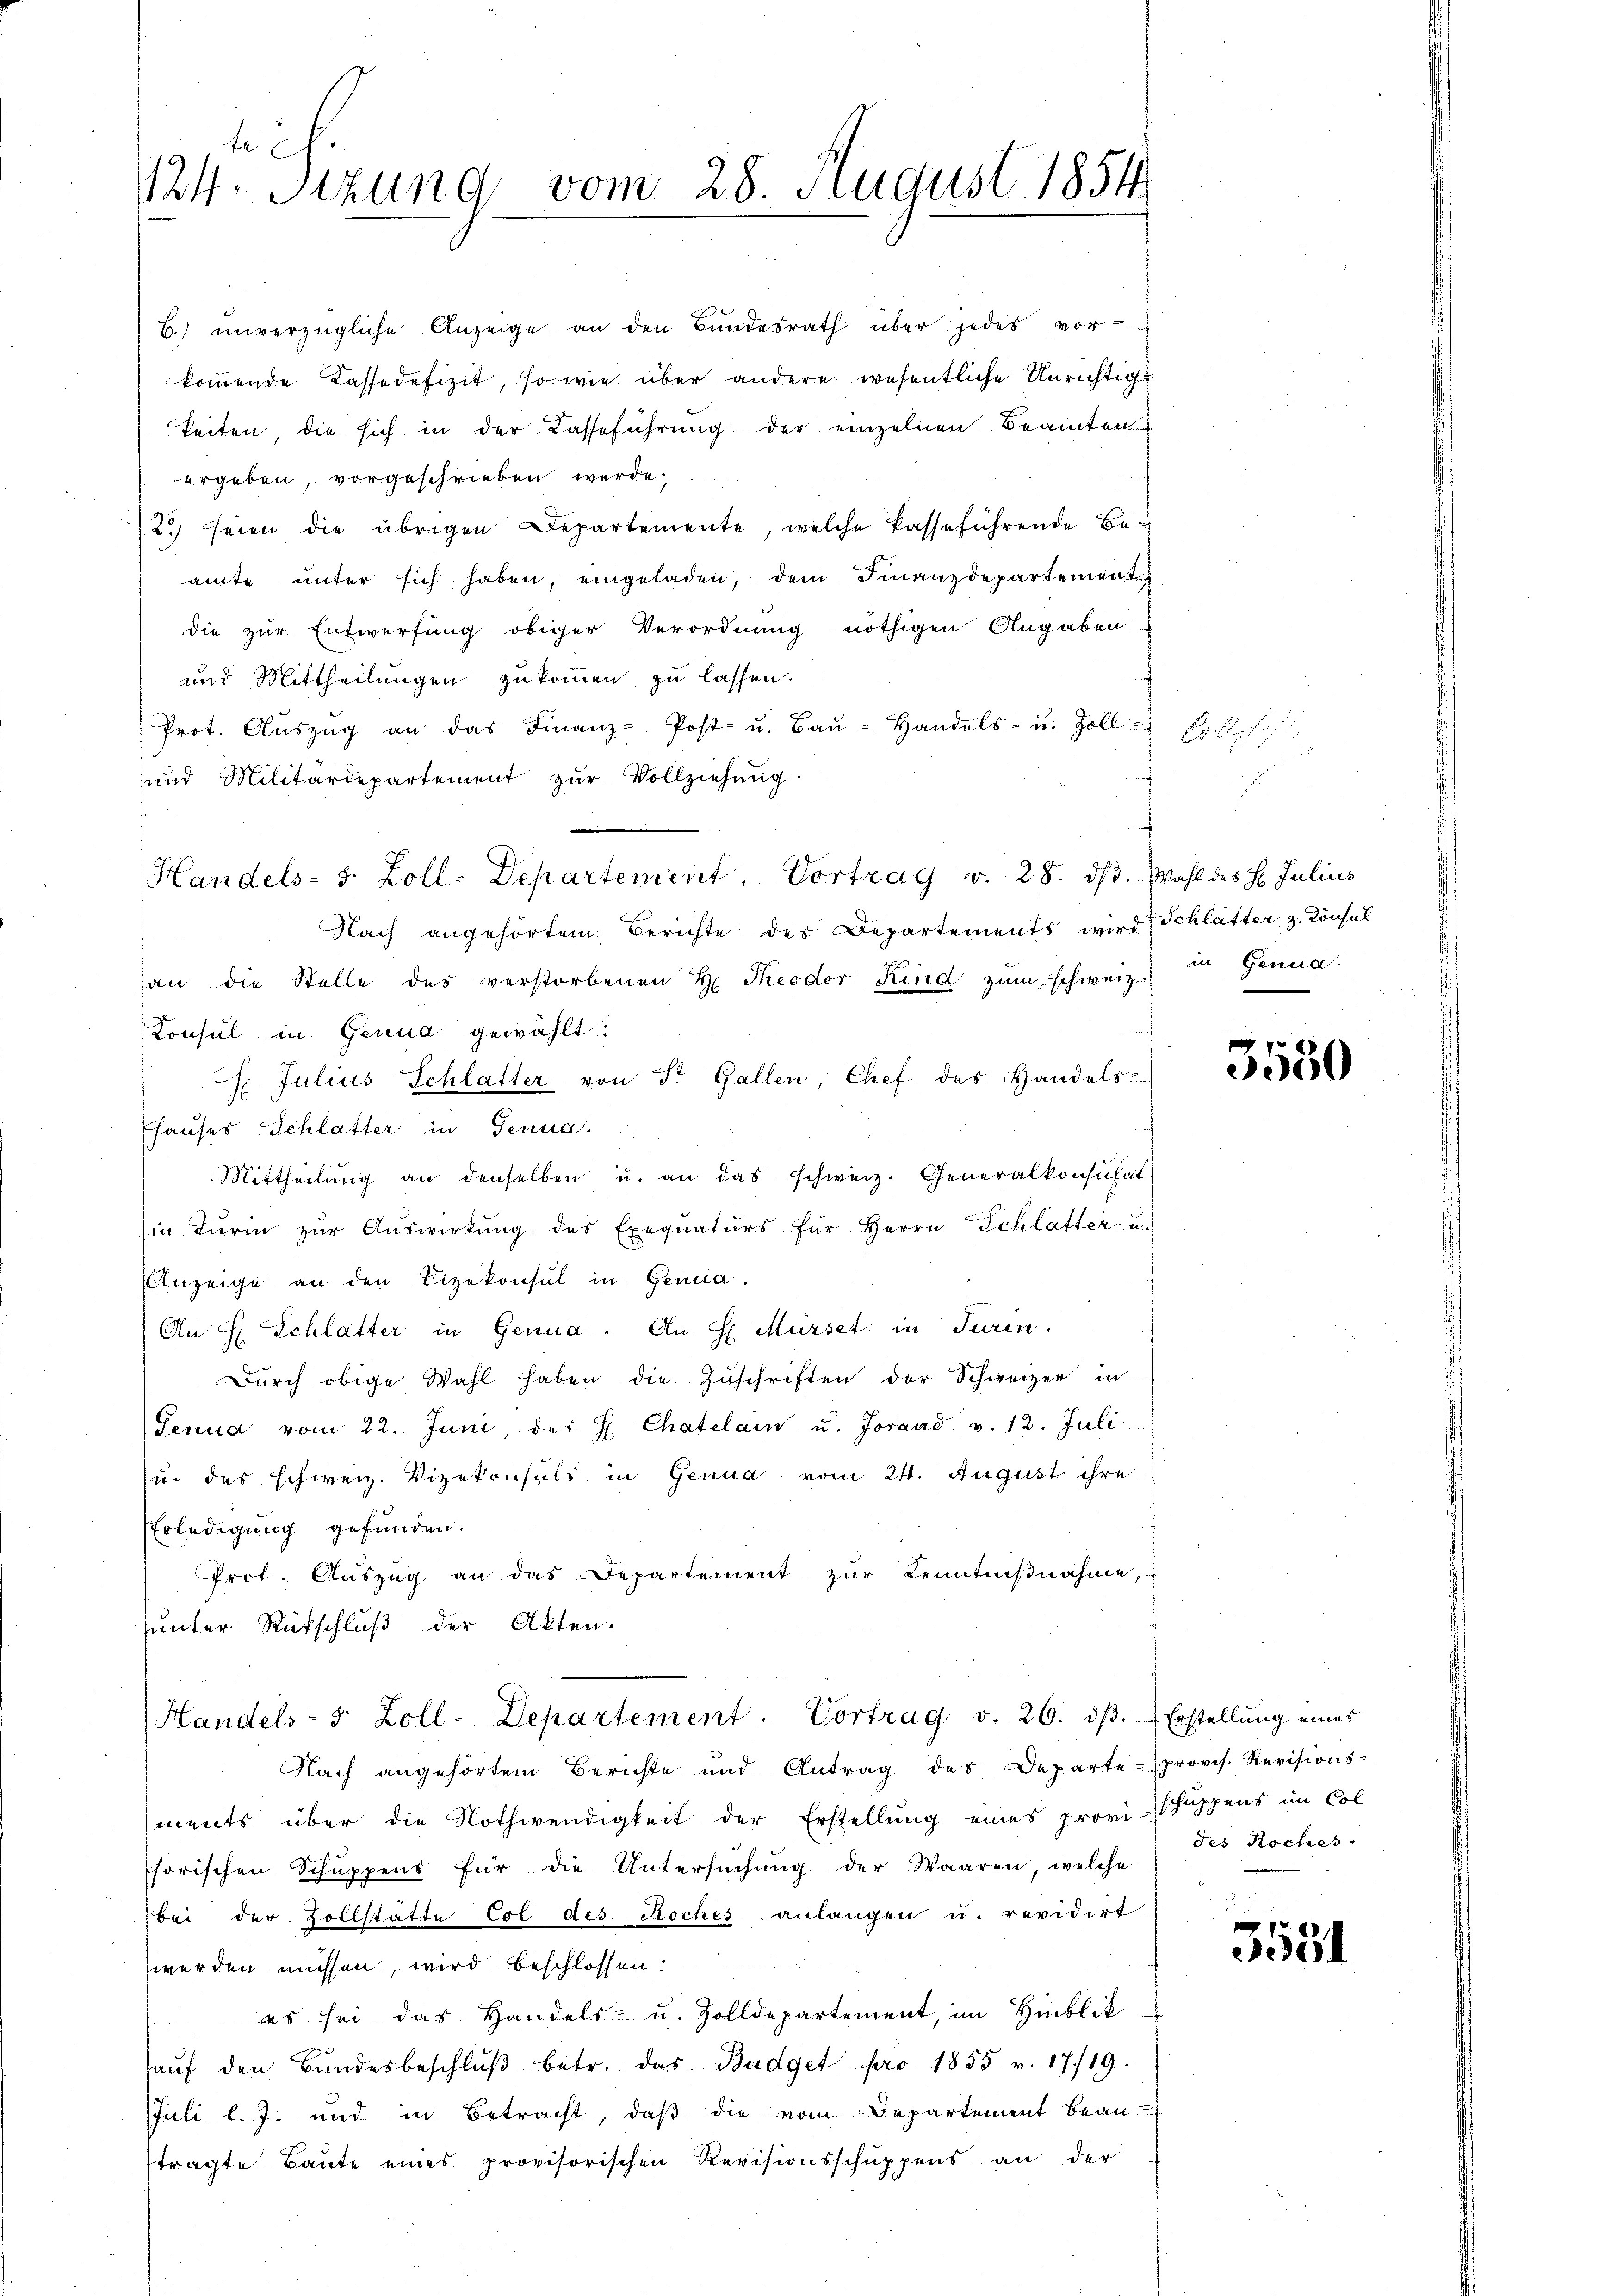
f
124. Sitzung vom 28. August 1854

B.) unverzügliche Anzeige an den Bŭndesrath über jedes vor
kommende Cassadefizit, so wie über andere wesentliche Unrichtige
keiten, die sich in der Kasseführung der einzelnen Beamten
ergeben, vorgeschrieben werde.
2) seien die übrigen Departemente, welche kasseführende Beamte unter sich haben, eingeladen, dem Finanzdepartement
die zur Entwerfung obiger Verordnung nöthigen Angaben
und Mittheilungen zukommen zu lassen.
Prot. Aŭszŭg an das Finanz-Post- u. Baŭ- Handels- u. Zoll-
und Militärdepartement zur Vollziehung.
Handels- s. Zoll-Departement. Vortrag v. 28. dβ. Wahl des H. Julius
Nach angehörtem Berichte des Departements wird Schlätter z. Konsul
an die Stelle des verstorbenen H. Theodor Kind zŭm Schweiz.
Konsul in Genua gewählt.
 Julius Schlatter von St. Gallen, Chef des Handels-
Ehauses Schlatter in Genua,
Mittheilŭng an denselben u. an das schweiz. Generalkonsulat
in Turin zŭr Aŭswirkŭng des Exequaturs für Herrn Schlatter u.
Einzeige an den Vizekonsul in Genua,
An E. Schlatter in Genua. An H Mürset; in Turin.
Dŭrch obige Wahl haben die Zuschriften der Schweizer in
Senua vom 22. Juni, des H. Chatelain u. Jovand v. 12. Juli
(u. des schweiz. Vizekonsuls in Genua vom 24. August ihre
Erledigung gefunden.
Prot. Aŭszŭg an das Departement zŭr Kenntniβnahme,
unter Rückschluß der Akten.
Handels- 5 Zoll-Departement. Vortrag v. 26. dβ. Erstellŭng eines
Nach angehörtem Berichte und Antrag des Departe-provis. Revisions-
ments über die Nothwendigkeit der Erstellung eines provi-Schuppens im Col
Chorischen Schuppens für die Untersŭchŭng der Waaren, welche
bei der Zollstätte col des Roches anlangen u. revidirt
werden müssen, wird beschlossen:
es sei das Handels- u. Zolldepartement, im Hinblik
haŭf den Bŭndesbeschlŭβ betr. das Budget pro. 1855 v. 17./19.
Juli l. J. und in Betracht, daß die vom Departement bean-
tragte Baute eines provisorischen Revisionsschuppens an der

in Gema

3550

des Roches

3531